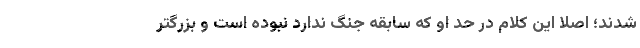
شدند؛ اصلا این کلام در حد او که سابقه جنگ ندارد نبوده است و بزرگتر